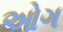
ઓગ